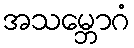
အသမ္ဘောဂံ